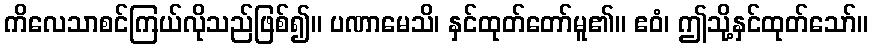
ကိလေသာစင်ကြယ်လိုသည်ဖြစ်၍။ ပဏာမေသိ၊ နှင်ထုတ်တော်မူ၏။ ဧဝံ၊ ဤသို့နှင်ထုတ်သော်။